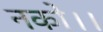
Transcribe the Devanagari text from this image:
नको।।